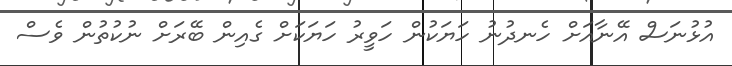
އުޅުނަސް އޭނާއަށް ހެނދުނު ހަޔަކުން ހަވީރު ހަޔަކަށް ގެއިން ބޭރަށް ނުކުތުން ވެސް